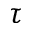
\tau